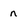
Character: n